Bréfritari: Jóhann Magnússon
Viðtakandi: Jón Borgfirðings Jónsson
Dagsetning: A-1855-04-12
Skrifað á: Stærri-Árskógi  Eyf.

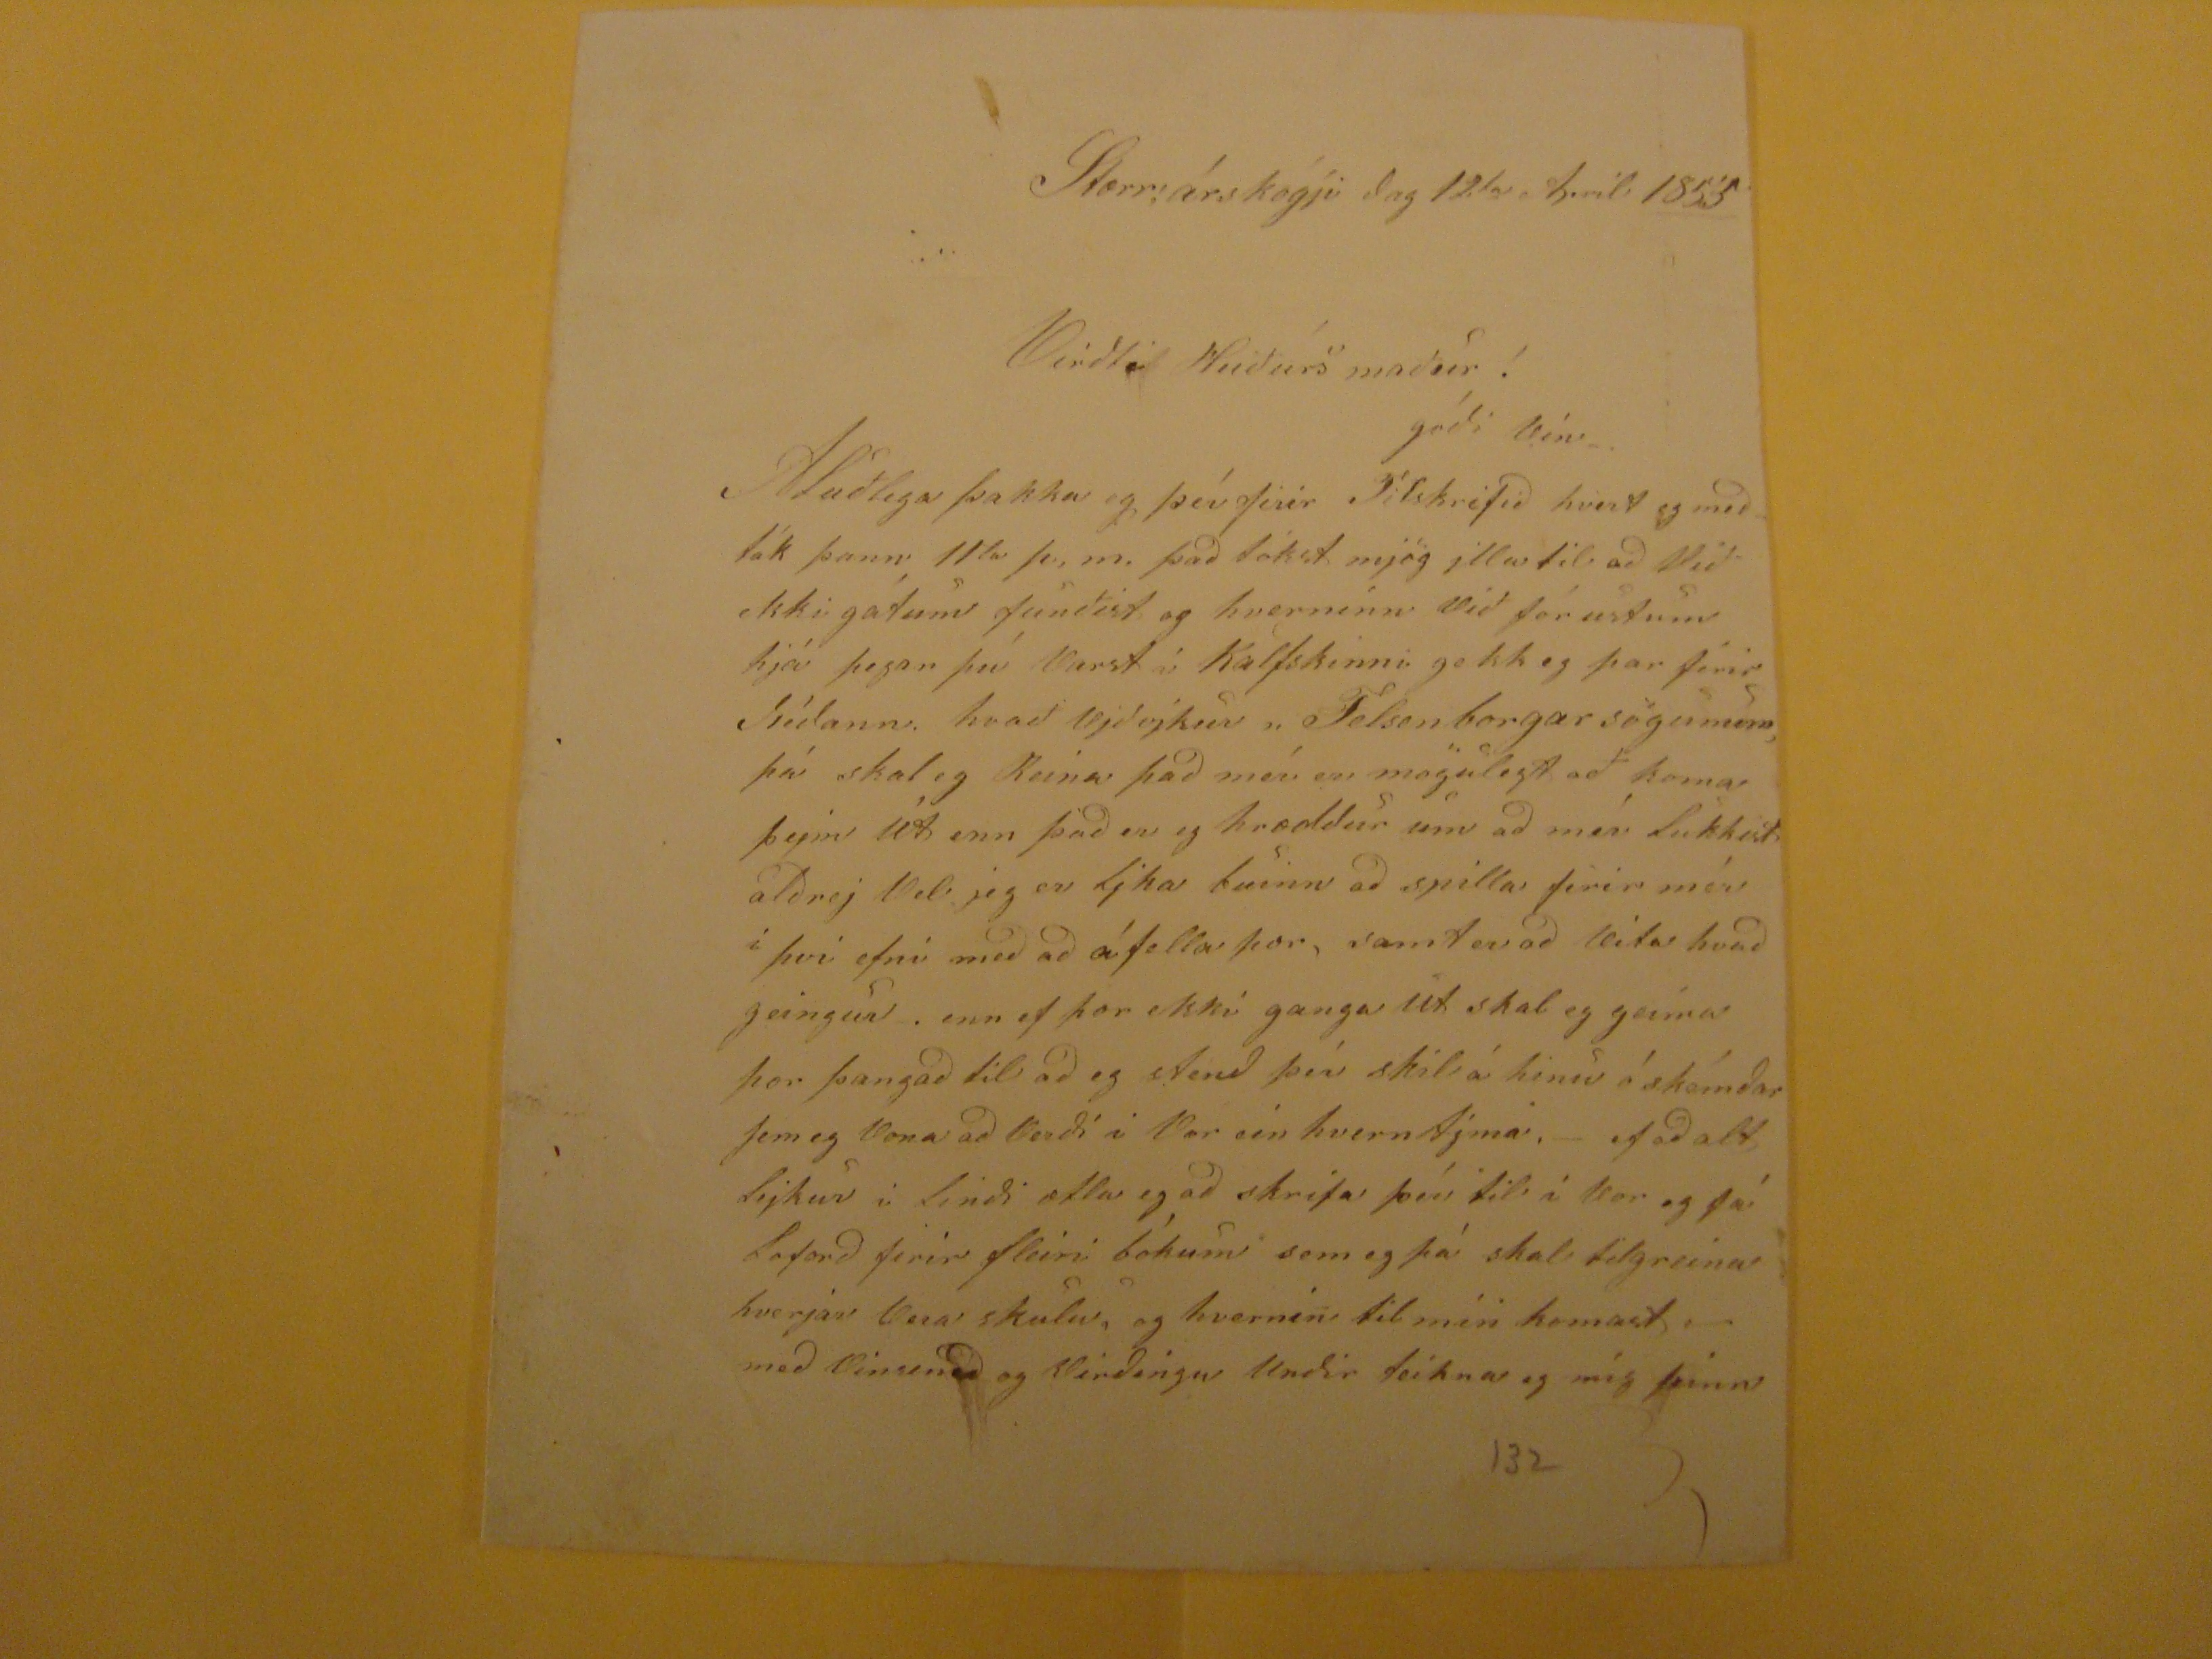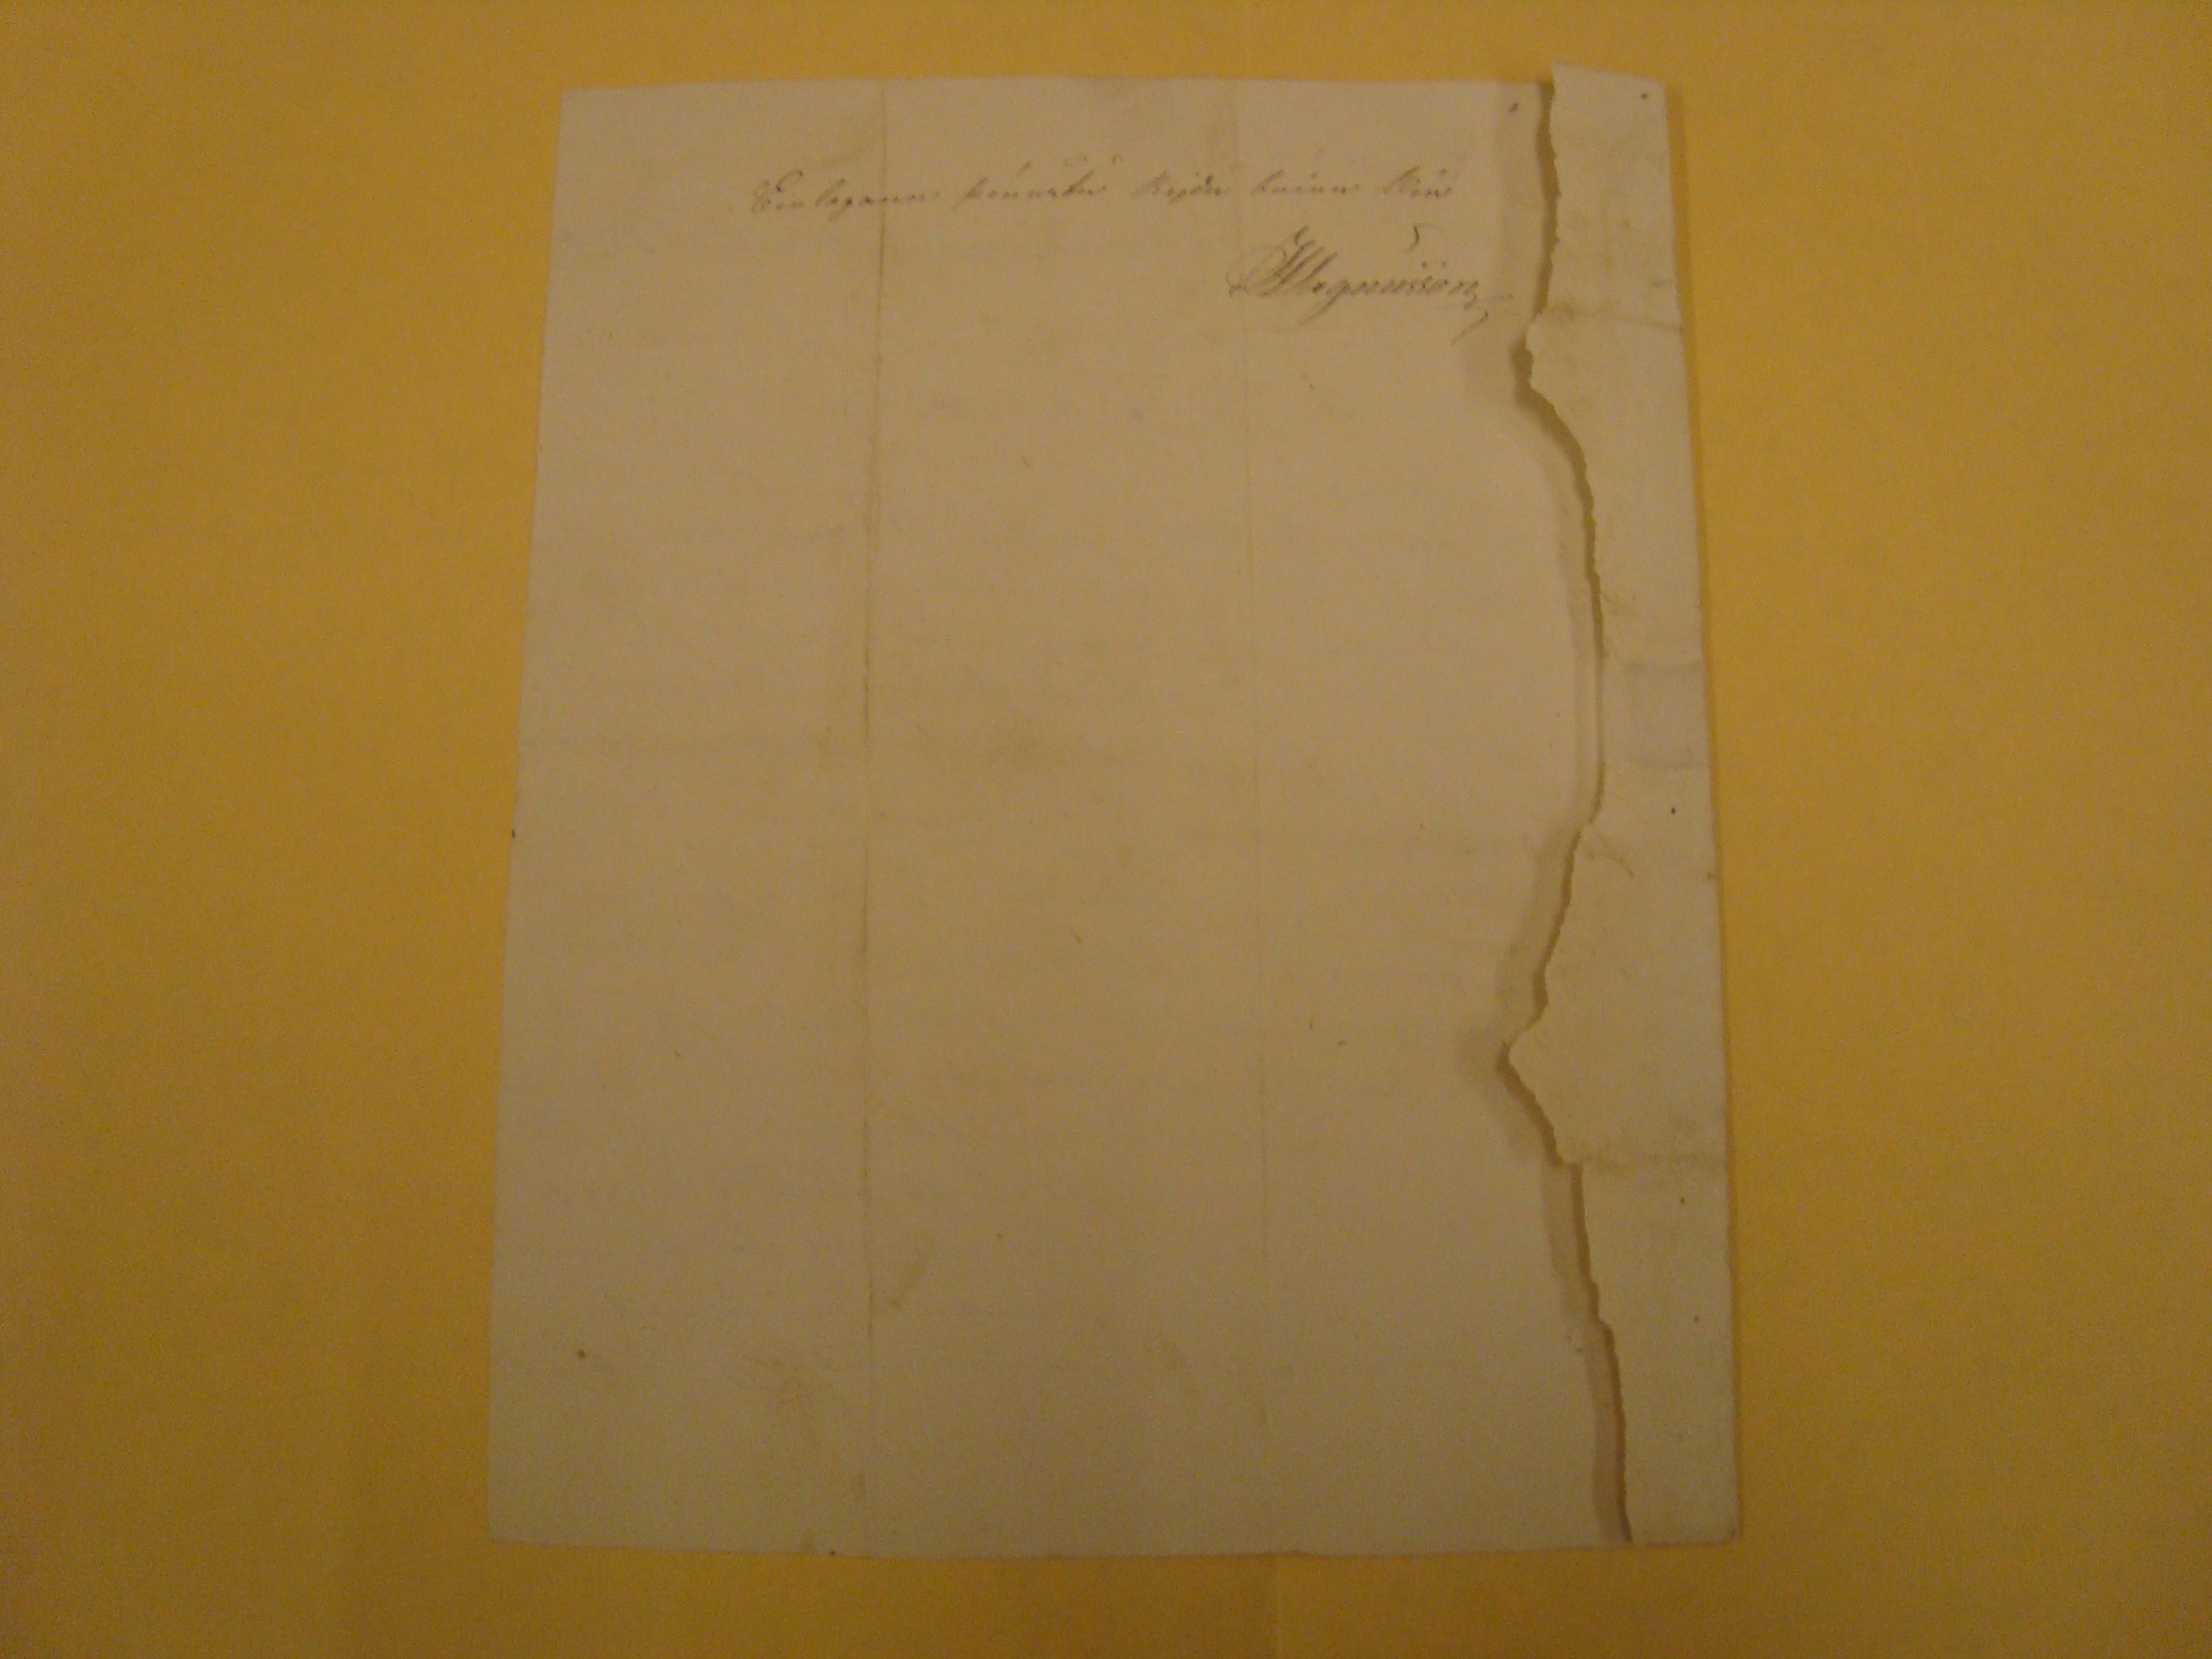

Stærriárskógji dag 12,
ta
Apríl 1855
Virðti Heiðurs maður!
góði vín
Alúðlega þakka eg þér firir Tilskrifið hvert eg meðtók þann 11
ta
þ,m. það tókst mjög jlla til að Við ekki gátum funðist og hvernínn við fórustum hjá þegar þú Varst á Kalfskinni gekk eg þar fírir Neðann. hvað vjðvjkur "Felsenborgarsögu
menn
þá skal eg Reina það mér er mögulegt að koma
fejin 48
enn það er eg hræddur um að mér lukkist alðrej Vel jeg er ljka buinn að spílla firir mér í því efni með að áfella þor, samt er að Vita hvað geingur. enn ef þor ekki ganga ut skal eg geima þor þangað til að eg stend þér skil á hinu ó skémdar sem eg Vona að Verði í Vor eín hverntjma,- ef að alt lejkur i lindi ætla eg að skrifa þér til í Vor og fá loforð fyrir fleiri bókum sem eg þá skal tilgreina hverjar Vera skulu, og hvernin til mín komast -
með Vinsemð og Virðingu undir teikna eg míng þinn
Einlægann þénustu rejðu buinn vin
JMagusson